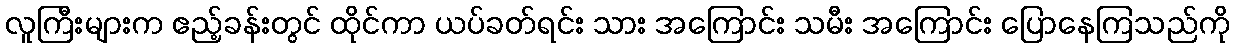
လူကြီးများက ဧည့်ခန်းတွင် ထိုင်ကာ ယပ်ခတ်ရင်း သား အကြောင်း သမီး အကြောင်း ပြောနေကြသည်ကို